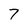
Character: 7